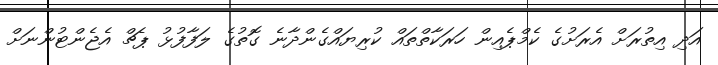
އަދި އިތުރަށް އެރަށުގެ ކެމްޕެއިން ހަރަކާތްތައް ކުރިޔައްގެންދާނެ ގޮތުގެ ލަފާފުޅު ޕެޗް އެޖެންޓުންނަށް